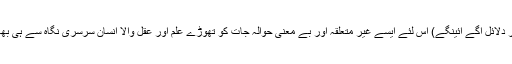
(اور مرزا کے نزدیک مہدی کا ظہور یقینی نہیں جس پر دلائل آگے آئینگے) اس لئے ایسے غیر متعلقہ اور بے معنی حوالہ جات کو تھوڑے علم اور عقل والا انسان سرسری نگاہ سے ہی بھانپ سکتا ہے کے مرزائی دعوے سے میل نہیں کھاتے۔